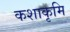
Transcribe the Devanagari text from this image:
कशाकृमि